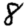
Digit: 8